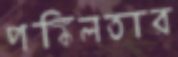
পঙ্কিলতার